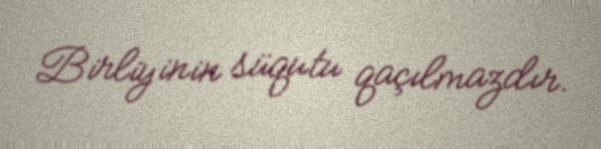
Birliyinin süqutu qaçılmazdır.